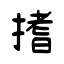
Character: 搘